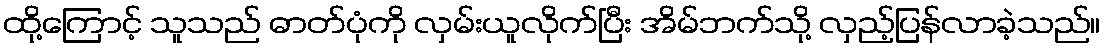
ထို့ကြောင့် သူသည် ဓာတ်ပုံကို လှမ်းယူလိုက်ပြီး အိမ်ဘက်သို့ လှည့်ပြန်လာခဲ့သည်။